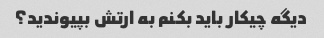
دیگه چیکار باید بکنم به ارتش بپیوندید؟